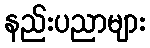
နည်းပညာများ